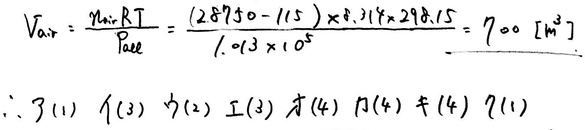
\[
V_{air}=\frac{m_{air}RT}{p_{ase}}=\frac{(28750 - 115)\times 8.314\times 298.15}{1.013\times 10^{5}} = 700\ [m^{3}]
\]
\(\therefore 3(1)\ 1(3)\ 5(2)\ 2(3)\ 4(4)\ 7(4)\ 6(4)\ 9(1)\)